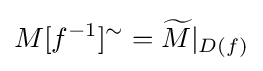
M[f^{-1}]^{\sim }={\widetilde {M}}|_{D(f)}